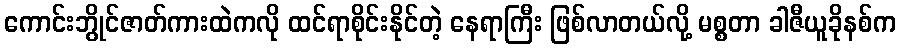
ကောင်းဘွိုင်ဇာတ်ကားထဲကလို ထင်ရာစိုင်းနိုင်တဲ့ နေရာကြီး ဖြစ်လာတယ်လို့ မစ္စတာ ခါဇီယူခိုနစ်က